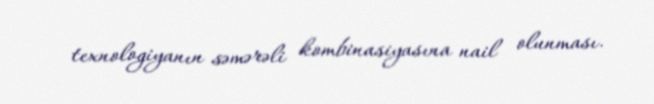
texnologiyanın səmərəli kombinasiyasına nail olunması.